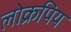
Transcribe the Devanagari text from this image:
लोक्रपिय